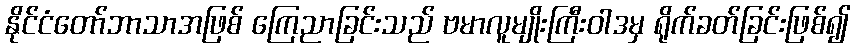
နိုင်ငံတော်ဘာသာအဖြစ် ကြေညာခြင်းသည် ဗမာလူမျိုးကြီးဝါဒမှ ရိုက်ခတ်ခြင်းဖြစ်၍